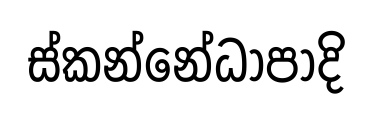
ස්කන්නේධා්පාදි